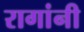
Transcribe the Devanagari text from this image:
रागांनी